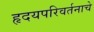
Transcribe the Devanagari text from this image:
हृदयपरिवर्तनाचे